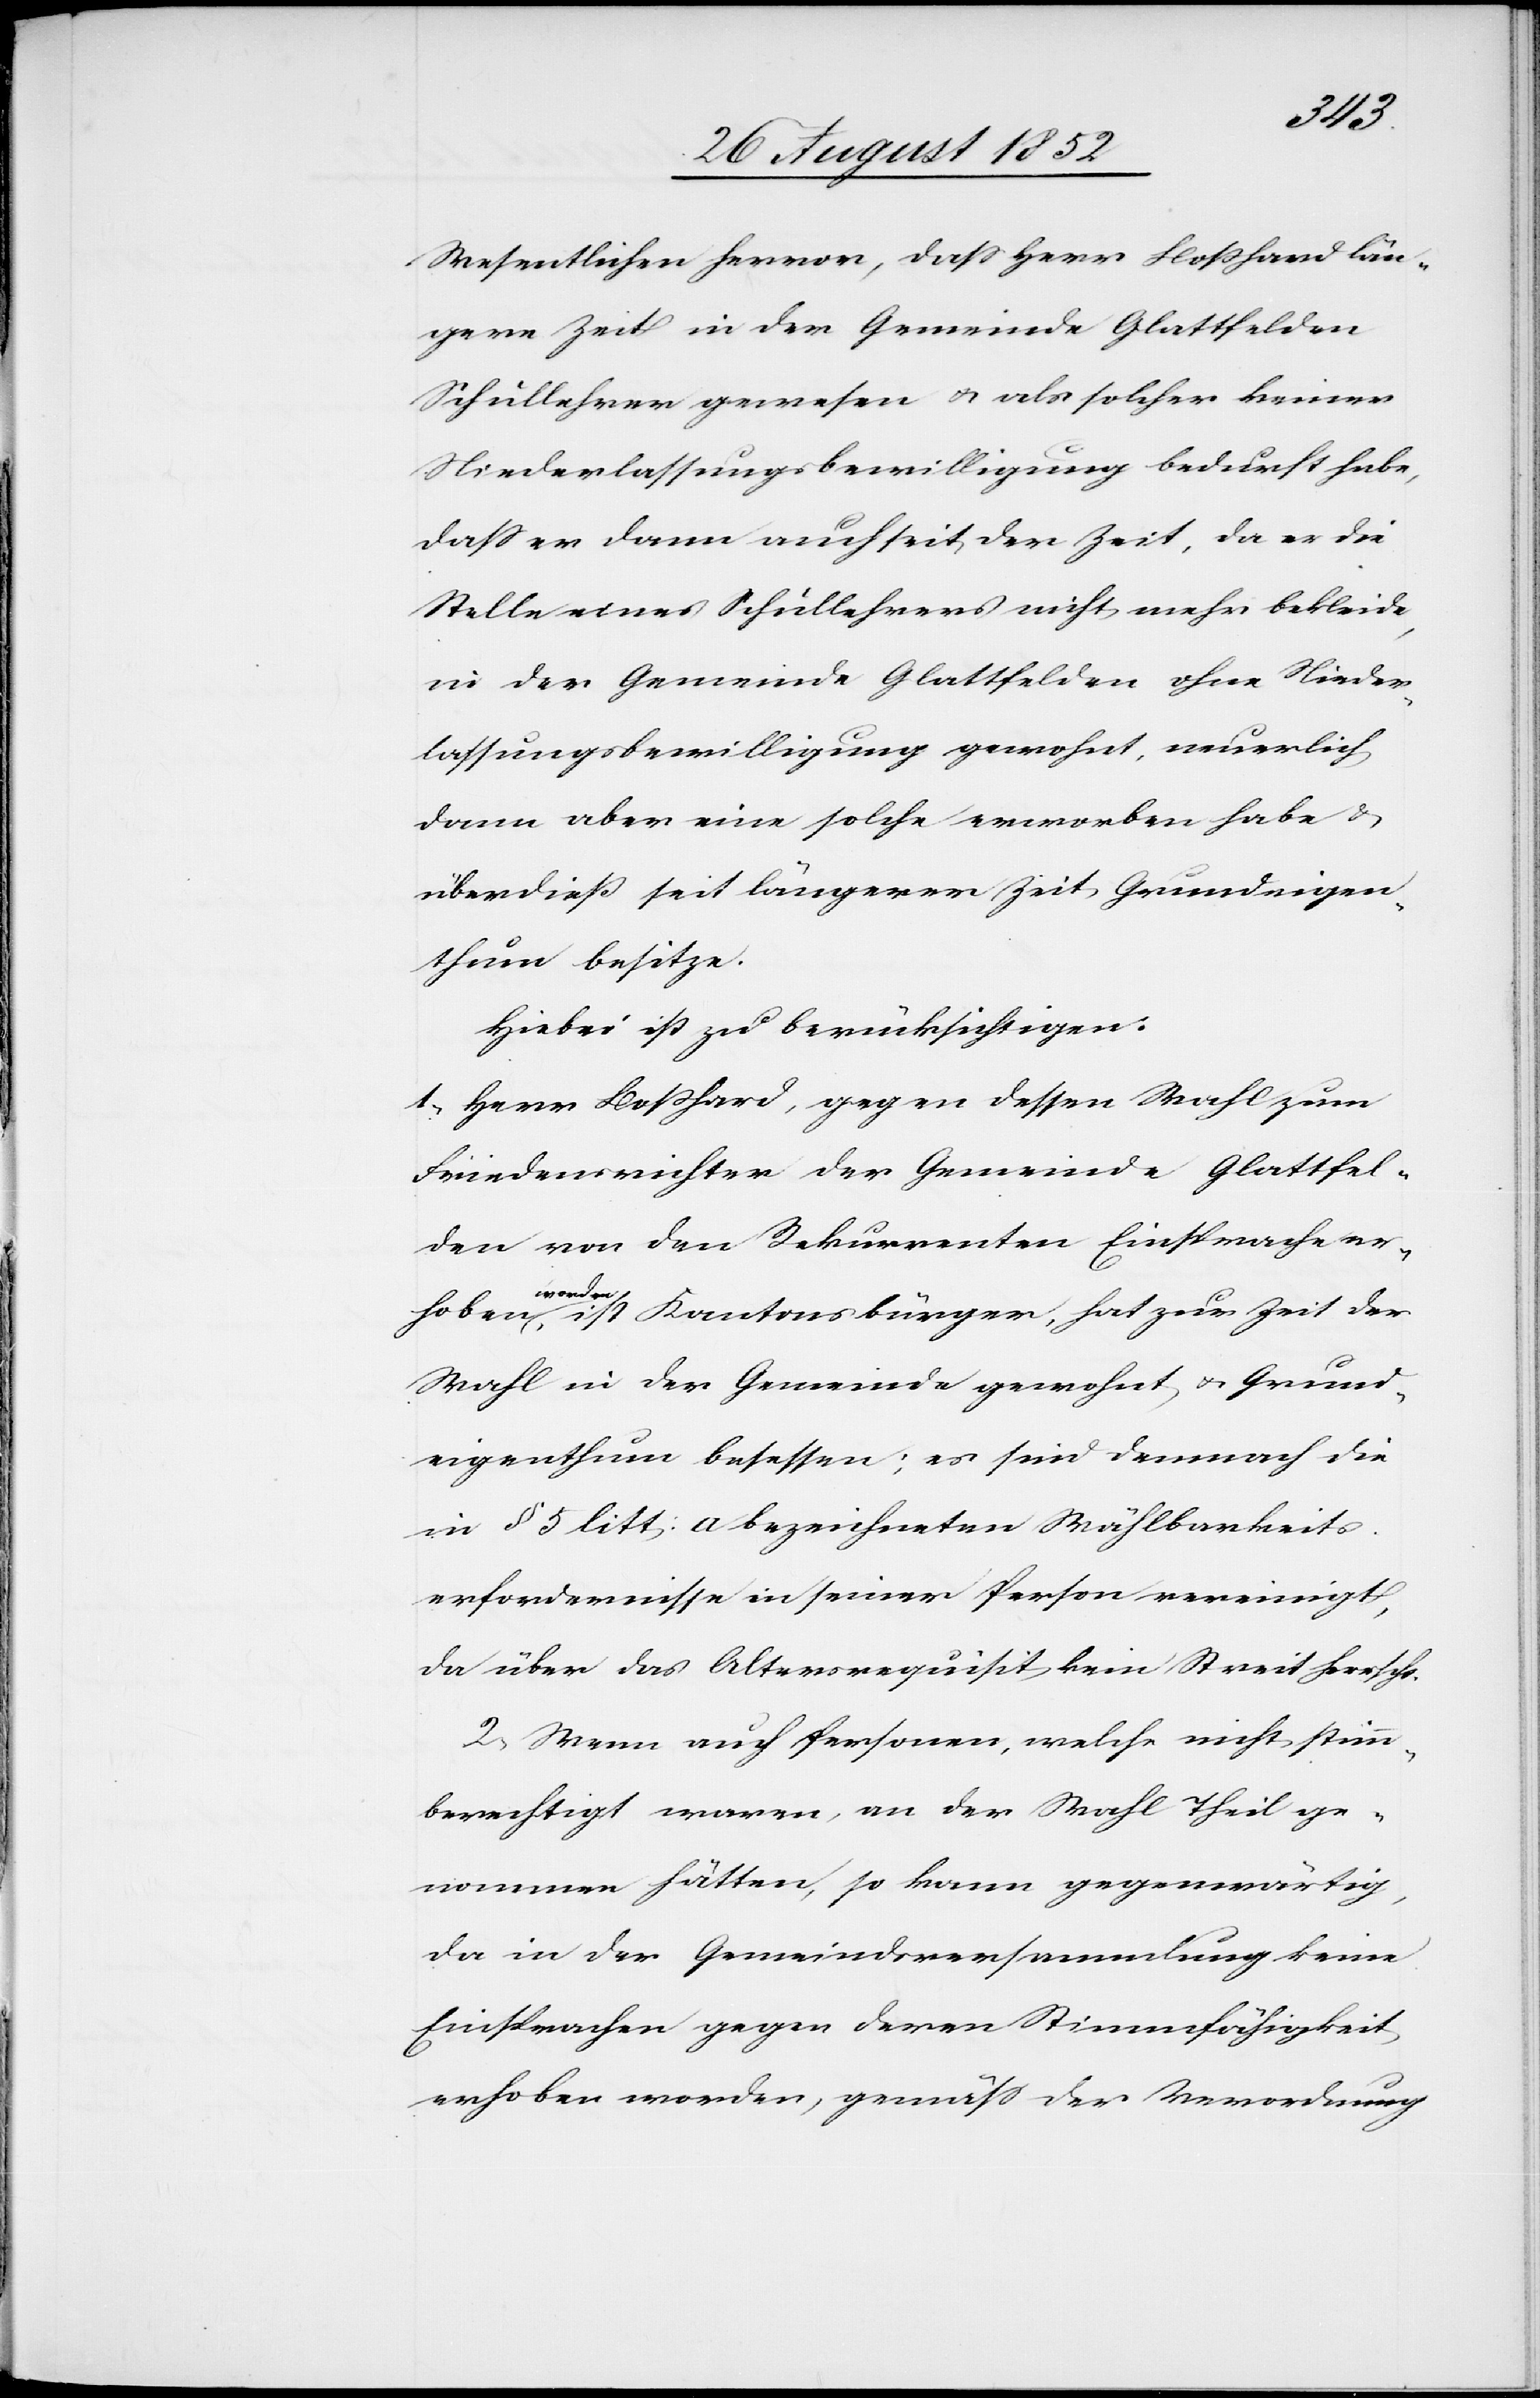
hoben
Wesentlichen hervor, dass Herr Boßhard län¬
gere Zeit in der Gemeinde Glattfelden
Schullehrer gewesen & als solcher keiner
Niederlassungsbewilligung bedurft habe,
dass er dann auch seit der Zeit, da er die
Stelle eines Schullehrers nicht mehr bekleide,
in der Gemeinde Glattfelden ohne Nieder¬
lassungsbewilligung gewohnt, neuerlich
dann aber eine solche erworben habe &
überdieß seit längerer Zeit Grundeigen¬
thum besitze.
Hiebei ist zu berücksichtigen:
1, Herr Boßhard, gegen dessen Wahl zum
Friedensrichter der Gemeinde Glattfel¬
den von den Rekurrenten Einsprache er¬
worden, ist Kantonsbürger, hat zur Zeit der
Wahl in der Gemeinde gewohnt & Grund¬
eigenthum besessen; es sind demnach die
in § 5 litt: a bezeichneten Wählbarkeits¬
erfordernisse in seiner Person vereinigt,
da über das Altersrequisit kein Streit herrscht.
2, Wenn auch Personen, welche nicht stimm¬
berechtigt waren, an der Wahl Theil ge¬
nommen hätten, so kann gegenwärtig,
da in der Gemeindsversammlung keine
Einsprachen gegen deren Stimmfähigkeit
erhoben worden, gemäss der Verordnung